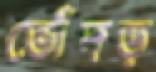
ভোঁদড়